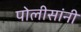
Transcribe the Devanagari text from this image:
पोलीसांनी